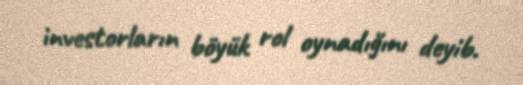
investorların böyük rol oynadığını deyib.